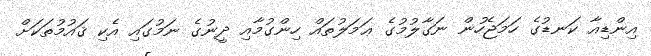
އިންޑިއާ ކަނޑުގެ ހަމަޖެހުން ނަގާލުމުގެ ޢަމަލުތައް ހިންގުމާއި ދީނުގެ ނަމުގައި އެކި ޤައުމުތަކަށް